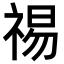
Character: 𫀒